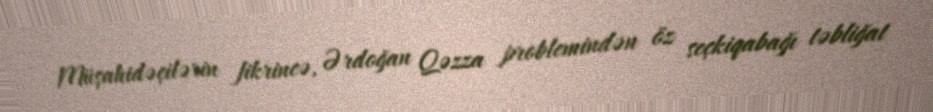
Müşahidəçilərin fikrincə, Ərdoğan Qəzza problemindən öz seçkiqabağı təbliğat